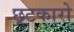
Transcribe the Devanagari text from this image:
छूटकारो